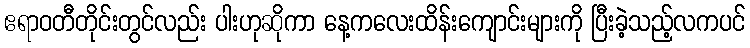
ဧရာဝတီတိုင်းတွင်လည်း ပါးဟုဆိုကာ နေ့ကလေးထိန်းကျောင်းများကို ပြီးခဲ့သည့်လကပင်